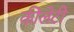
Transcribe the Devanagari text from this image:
कीलेटी